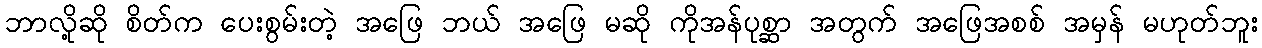
ဘာလို့ဆို စိတ်က ပေးစွမ်းတဲ့ အဖြေ ဘယ် အဖြေ မဆို ကိုအန်ပုစ္ဆာ အတွက် အဖြေအစစ် အမှန် မဟုတ်ဘူး